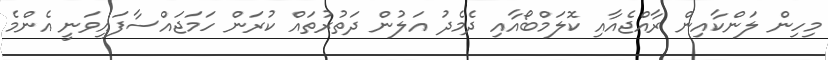
މިހިން ލަންކާއިން ރާއްޖެއާއި ކޮލަމްބޯއާއި ދެމެދު އަލުން ދަތުރުތައް ކުރަން ހަމަޖައްސާފައިވަނީ އެންމެ